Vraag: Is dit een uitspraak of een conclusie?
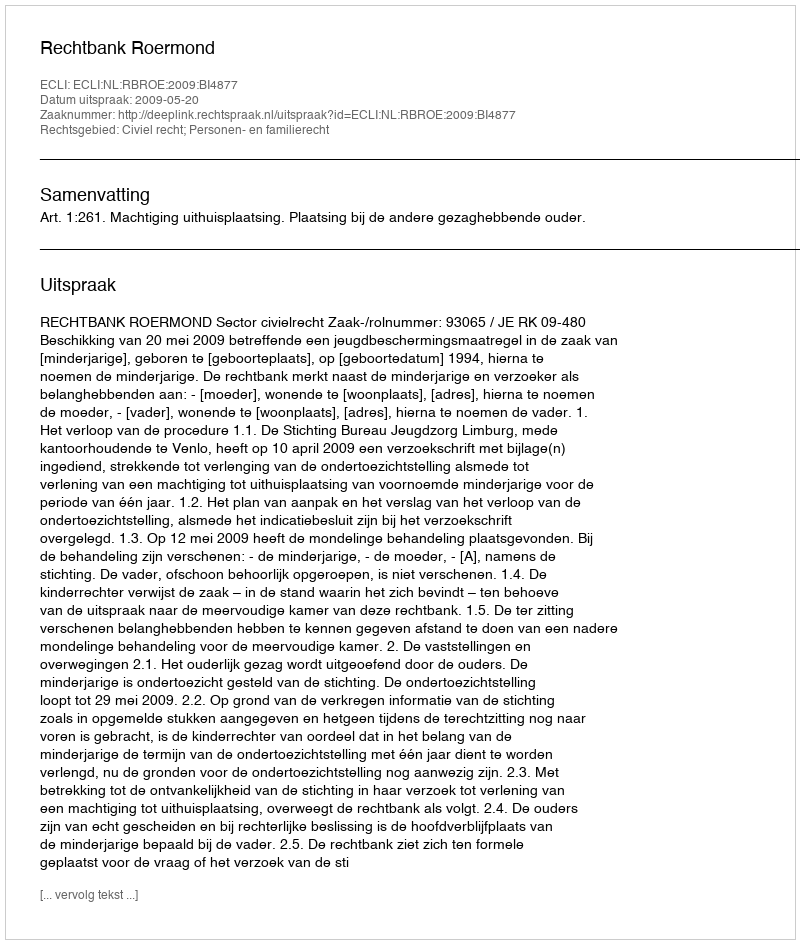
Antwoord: Uitspraak